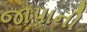
જાપાની